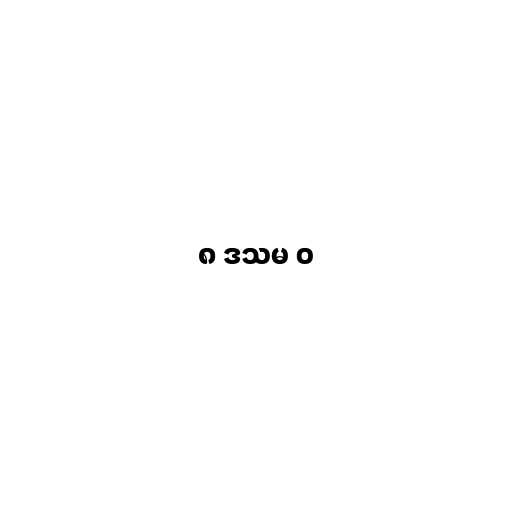
၈ ဒသမ ၀